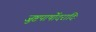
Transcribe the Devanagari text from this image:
जुष्टपार्षोदरादिः